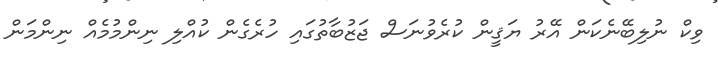
ވިކް ނުލިބޭނެކަން އޭރު ޔަޤީން ކުރެވުނަސް ޖަޒުބާތުގައި ހުރެގެން ކުއްލި ނިންމުމެއް ނިންމަން